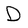
Character: D